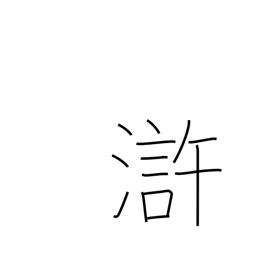
Meaning: vicinity